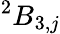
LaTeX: ^{2}B_{3,j}